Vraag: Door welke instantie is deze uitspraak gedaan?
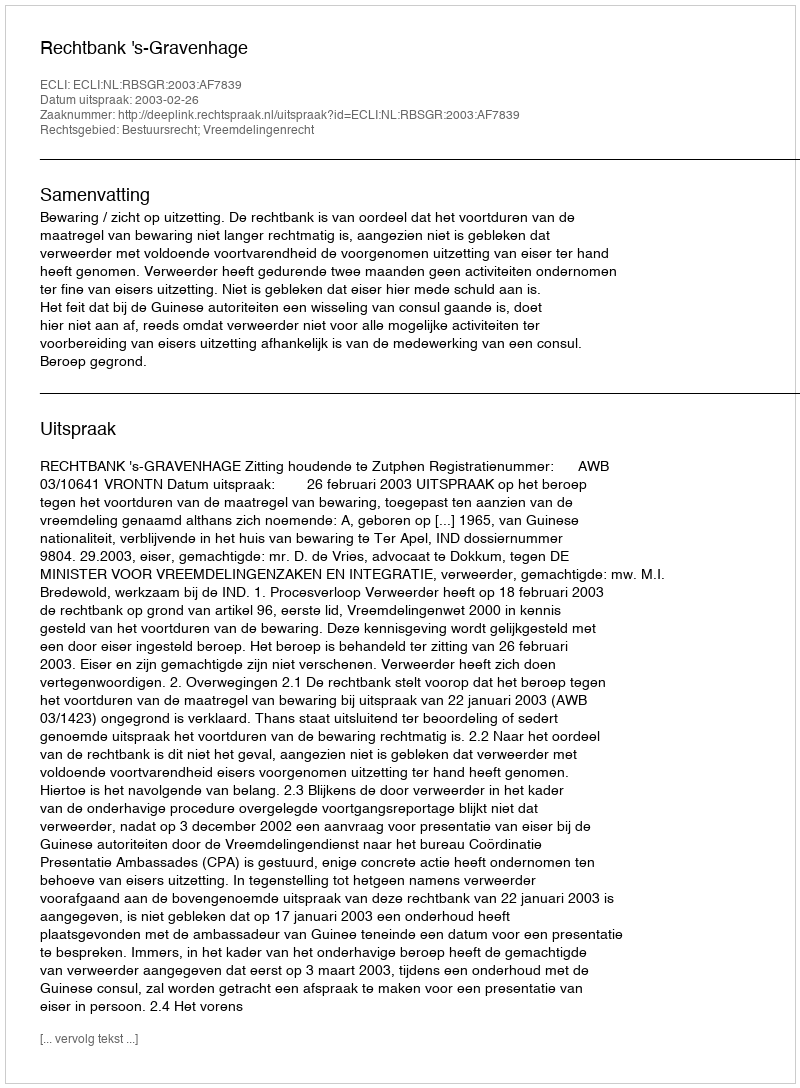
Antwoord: Rechtbank 's-Gravenhage